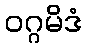
ဝဂ္ဂမိဒံ